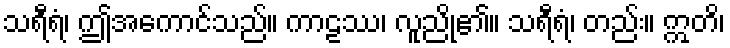
သရီရံ၊ ဤအကောင်သည်။ ကာဠဿ၊ လူညို၏။ သရီရံ၊ တည်း။ ဣတိ၊